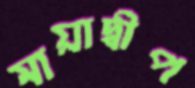
মায়াদ্বীপ